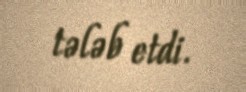
tələb etdi.